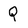
Character: Q